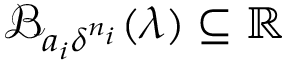
\mathcal { B } _ { a _ { i } \delta ^ { n _ { i } } } ( \lambda ) \subseteq \mathbb { R }